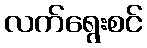
လက်ရွေးစင်